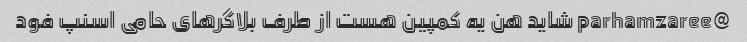
@parhamzaree شاید هن یه کمپین هست از طرف بلاگرهای حامی اسنپ فود